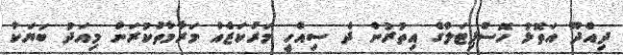
ދިއްދޫ އަތޮޅު ހޮސްޕިޓަލްގެ އިތުރުން ދެ ސިއްހީ މަރުކަޒެއް މަރާމާތުކުރަން މިއަދު ބަޔަކާ